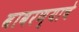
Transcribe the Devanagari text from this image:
वावरण्याचे